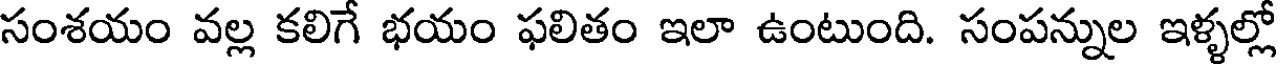
సంశయం వల్ల కలిగే భయం ఫలితం ఇలా ఉంటుంది. సంపన్నుల ఇళ్ళల్లో